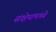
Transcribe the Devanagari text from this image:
संक्षेपांमध्ये